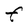
Character: F